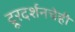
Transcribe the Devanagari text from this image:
दूरदर्शनचेही